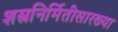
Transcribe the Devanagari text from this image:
शस्त्रनिर्मितीसारख्या